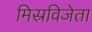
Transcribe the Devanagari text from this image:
मिस्रविजेता